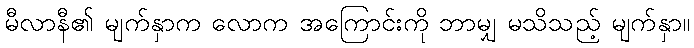
မီလာနီ၏ မျက်နှာက လောက အကြောင်းကို ဘာမျှ မသိသည့် မျက်နှာ။